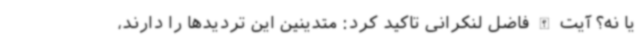
یا نه؟ آیت الله فاضل لنکرانی تاکید کرد: متدینین این تردیدها را دارند،